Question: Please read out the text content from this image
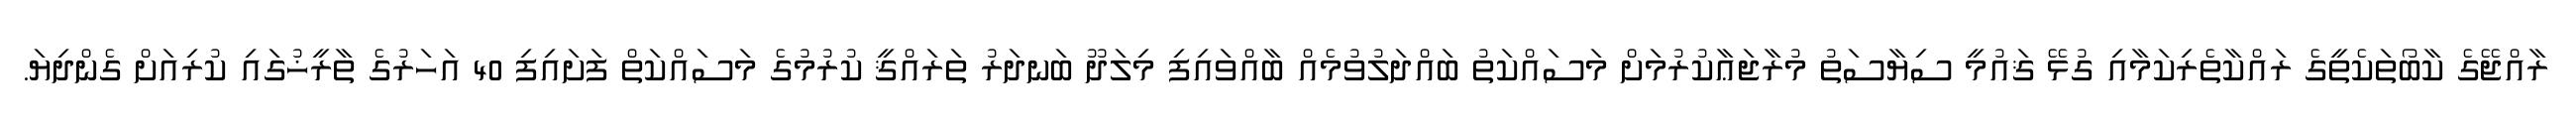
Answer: ރާއްޖޭގެ ކާބޯތަކެތީގެ ރައްކާތެރިކަމާއި ގުޅޭ ޤައުމީ ސިޔާސަތު މުރާޖަޢާކުރުމަށް މަސައްކަތު ބައްދަލުވުމެއް ބާއްވައިފި މިލަދޫ ބަނދަރު ތަރައްޤީ ކުރުމުގެ މަސައްކަތް ފަށައިފި 40 އަހަރުގެ ތާރީޚުގައި ކުރިއަށް ގެންދިޔަ.